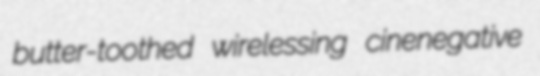
butter-toothed wirelessing cinenegative